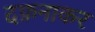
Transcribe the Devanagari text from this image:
दफ़नाकर